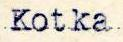
Kotka